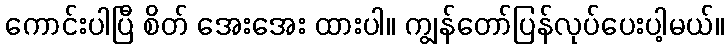
ကောင်းပါပြီ စိတ် အေးအေး ထားပါ။ ကျွန်တော်ပြန်လုပ်ပေးပါ့မယ်။